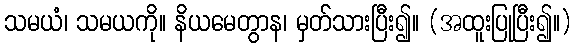
သမယံ၊ သမယကို။ နိယမေတွာန၊ မှတ်သားပြီး၍။ (အထူးပြုပြီး၍။)